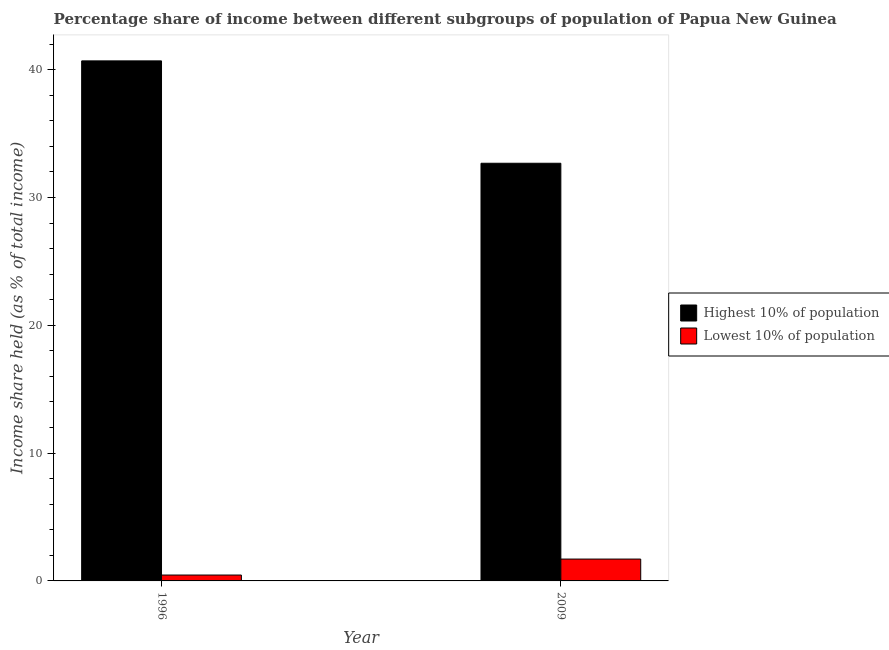
| Year | Highest 10% of population | Lowest 10% of population |
 | --- | --- | --- |
 | 1996 | 40.7 | 0.46 |
 | 2009 | 32.7 | 1.71 |